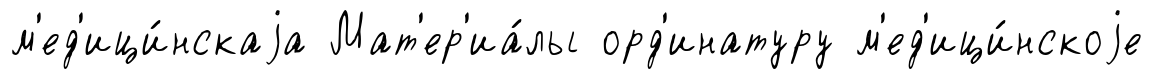
м'ед'ици́нскаjа Мат'ер'иа́лы орд'инатуру м'ед'ици́нскоjе